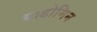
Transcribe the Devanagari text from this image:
थाडोमिन